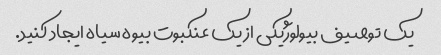
یک توصیف بیولوژیکی از یک عنکبوت بیوه سیاه ایجاد کنید.